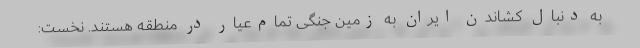
به دنبال کشاندن ایران به زمین جنگی تمام‌عیار در منطقه هستند. نخست: